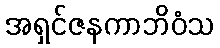
အရှင်ဇနကာဘိဝံသ